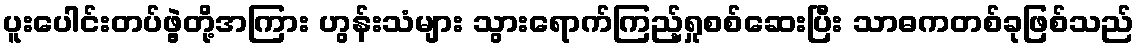
ပူးပေါင်းတပ်ဖွဲ့တို့အကြား ဟွန်းသံများ သွားရောက်ကြည့်ရှုစစ်ဆေးပြီး သာဓကတစ်ခုဖြစ်သည်